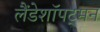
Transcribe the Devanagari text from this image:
लैंडेशॉपट्मन